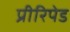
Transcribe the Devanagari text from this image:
प्रीरिपेड